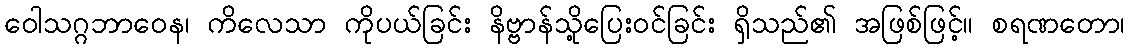
ဝေါသဂ္ဂဘာဝေန၊ ကိလေသာ ကိုပယ်ခြင်း နိဗ္ဗာန်သို့ပြေးဝင်ခြင်း ရှိသည်၏ အဖြစ်ဖြင့်။ စရဏတော၊